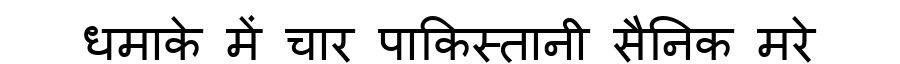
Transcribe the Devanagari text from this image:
धमाके में चार पाकिस्तानी सैनिक मरे